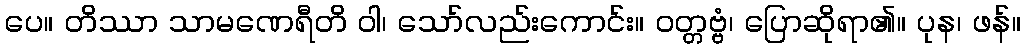
ပေ။ တိဿာ သာမဏေရီတိ ဝါ၊ သော်လည်းကောင်း။ ဝတ္တဗ္ဗံ၊ ပြောဆိုရာ၏။ ပုန၊ ဖန်။